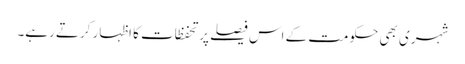
شہری بھی حکومت کے اس فیصلے پر تحفظات کا اظہار کرتے رہے۔